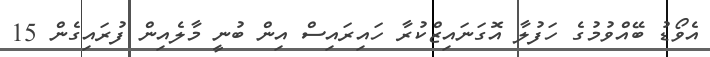
އެވޯޑު ބޭއްވުމުގެ ހަފުލާ އޮގަނައިޒްކުރާ ހައިރައިސް އިން ބުނީ މާލެއިން ފުރައިގެން 15